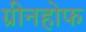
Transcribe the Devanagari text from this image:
ग्रीनहोफ